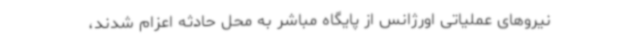
نیروهای عملیاتی اورژانس از پایگاه مباشر به محل حادثه اعزام شدند،